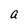
Character: a